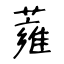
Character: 蕹